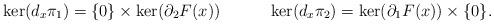
LaTeX: \begin{align*}\ker(d_x\pi_1)&=\{0\}\times \ker(\partial_2F(x)) & & & \ker(d_x\pi_2)&= \ker(\partial_1F(x))\times \{0\}.\end{align*}